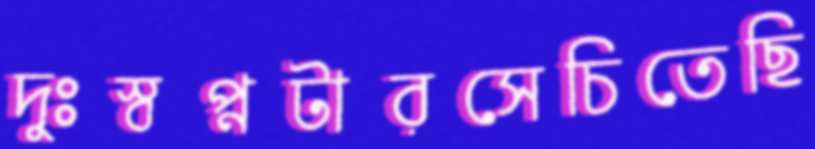
দুঃস্বপ্নটারসেচিতেছি